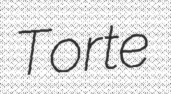
Torte